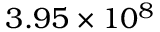
3 . 9 5 \times 1 0 ^ { 8 }